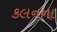
કલનના